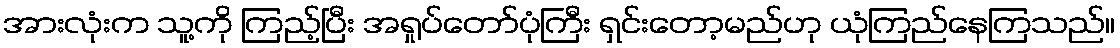
အားလုံးက သူ့ကို ကြည့်ပြီး အရှုပ်တော်ပုံကြီး ရှင်းတော့မည်ဟု ယုံကြည်နေကြသည်။